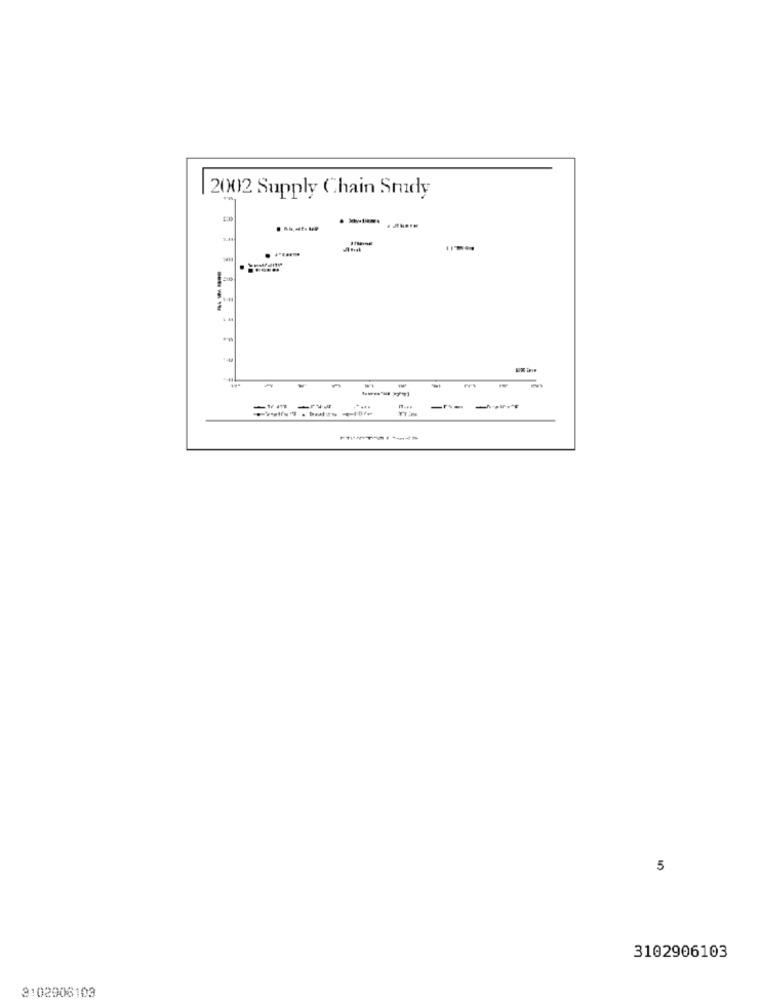
| 2002 Supply Chain Srudy
FFI
.....
----
5
3102906103
3102906103